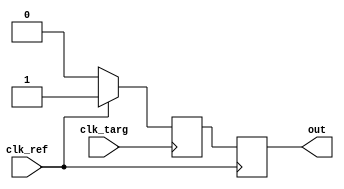
module flip_flop(
	output reg out,
	input clk_ref,
	input clk_targ
);

reg out_next;


always @ (posedge clk_ref) begin
	out <= out_next;
end

always@(posedge clk_targ)begin
	out_next <= 1;
	//if(clk_ref)
	//	out_next <= 1;
	#46;
	if(clk_ref)
		out_next <= 1;
	else 
		out_next <= 0; 
	#1;
	if(clk_ref)
		out_next <= 1;
end


endmodule